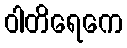
ဝါတိရေကေ